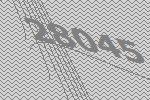
28045